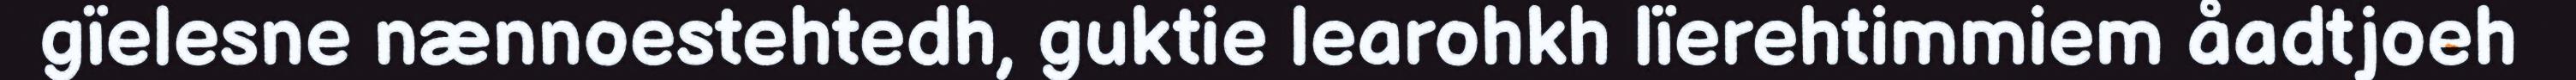
gïelesne nænnoestehtedh, guktie learohkh lïerehtimmiem åadtjoeh